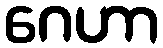
ဂေဟာ